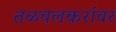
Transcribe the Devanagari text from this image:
तळवलकरांवर